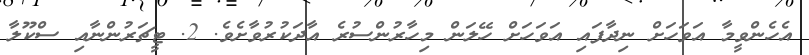
އެހެންވީމާ އަވަހަށް ނިދާފައި އަވަހަށް ހޭލަން މިހާރުންސުރެ އާދަކުރުވާށެވެ. 2. ޓީޗަރުންނާއި ސްކޫލާ